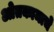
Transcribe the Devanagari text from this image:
ओतकामाचे